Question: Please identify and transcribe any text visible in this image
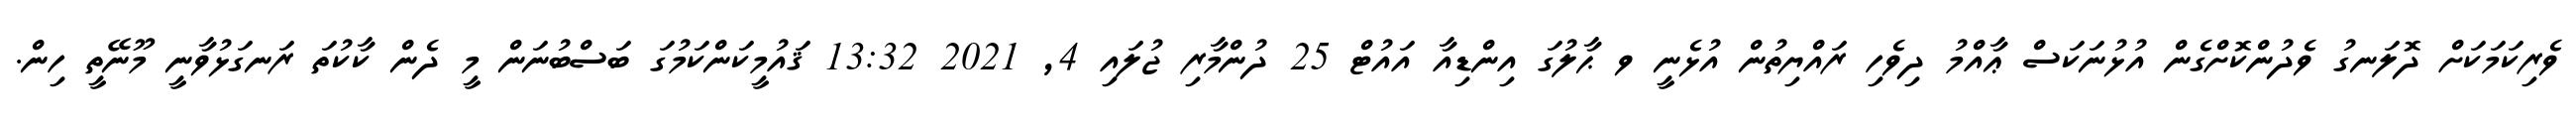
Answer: ވެރިކަމަކަށް ދޮލަނގު ވެދުންކޮށްގެން އުޅުނަކަސް ޢާއްމު ދިވެހި ރައްޔިތުން އުޅެނީ ވ ޙާލުގަ އިންޑިއާ އައުޓް 25 ދުންމާރި ޖުލައި 4, 2021 13:32 ޤައުމީކަންކަމުގަ ބަސްބުނަން މީ ދެން ކާކުތަ ރަނގަޅުވާނީ މޫނޭތީ ހިން.